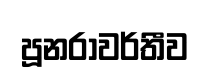
පූනරාවර්තීව